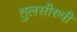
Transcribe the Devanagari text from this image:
तुलसीरुपी